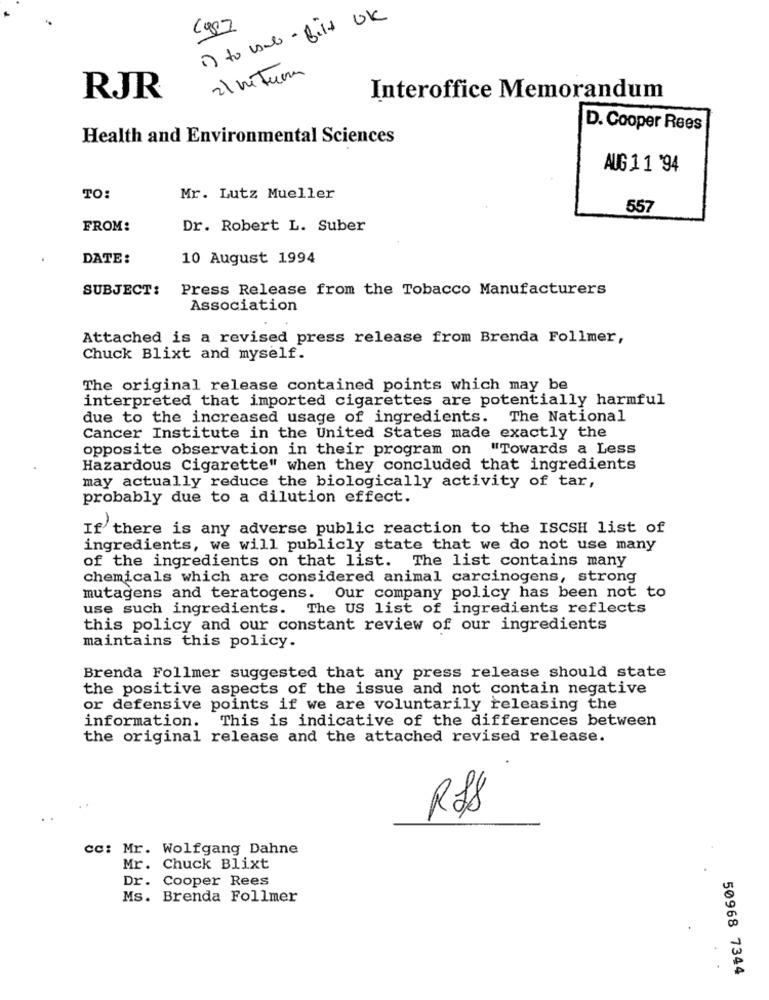
1) to sub- fitt OK
12
RJR
Interoffice Memorandum
D. Cooper Rees
Health and Environmental Sciences
AUG 1 1 '94
TO:
Mr. Lutz Mueller
557
FROM:
Dr. Robert L. Suber
DATE:
10 August 1994
SUBJECT:
Press Release from the Tobacco Manufacturers
Association
Attached is a revised press release from Brenda Follmer,
Chuck Blixt and myself.
The original release contained points which may be
interpreted that imported cigarettes are potentially harmful
due to the increased usage of ingredients. The National
Cancer Institute in the United States made exactly the
opposite observation in their program on "Towards a Less
Hazardous Cigarette" when they concluded that ingredients
may actually reduce the biologically activity of tar,
probably due to a dilution effect.
If there is any adverse public reaction to the ISCSH list of
ingredients, we will publicly state that we do not use many
of the ingredients on that list. The list contains many
chemicals which are considered animal carcinogens, strong
mutagens and teratogens. Our company policy has been not to
use such ingredients. The US list of ingredients reflects
this policy and our constant review of our ingredients
maintains this policy.
Brenda Follmer suggested that any press release should state
the positive aspects of the issue and not contain negative
or defensive points if we are voluntarily releasing the
information. This is indicative of the differences between
the original release and the attached revised release.
TO
cc: Mr. Wolfgang Dahne
Mr. Chuck Blixt
Dr. Cooper Rees
Ms. Brenda Follmer
50968 7344